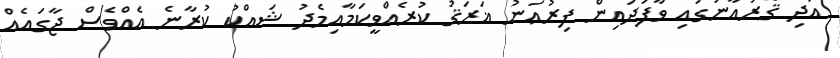
އަދި ޤުރުއާނުގައި ވާފަދައިން ފިރުޢަނު ޣަރަޤު ކުރެއްވީކަމާއިމެދު ޝައްކު ކުރާނެ އެއްވެސް ޖާގައެއް